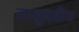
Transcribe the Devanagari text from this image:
ताजु्ददीन